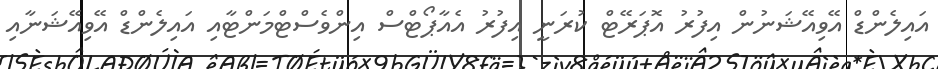
އައިލެންޑް އޭވިއޭޝަނުން އިފުރު އޮޕަރޭޓް ކުރަނީ އިފުރު އެއާޕޯޓްސް އިންވެސްޓްމަންޓާއި އައިލެންޑް އޭވިއޭޝަނާއި